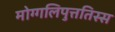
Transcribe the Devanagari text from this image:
मोग्गलिपुत्ततिस्स